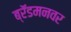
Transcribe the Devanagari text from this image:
ब्रॅडमनवर